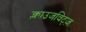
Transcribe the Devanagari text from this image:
क्लाउजविट्ज़